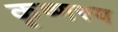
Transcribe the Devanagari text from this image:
कृष्णस्य